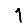
Digit: 1